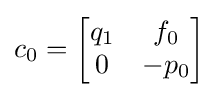
{\displaystyle c_{0}={\begin{bmatrix}q_{1}&f_{0}\\0&-p_{0}\end{bmatrix}}}